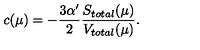
c ( \mu ) = - \frac { 3 \alpha ^ { \prime } } 2 \frac { S _ { t o t a l } ( \mu ) } { V _ { t o t a l } ( \mu ) } .